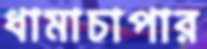
ধামাচাপার